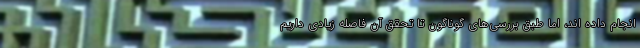
انجام داده اند، اما طبق بررسی‌های گوناگون تا تحقق آن فاصله زیادی داریم